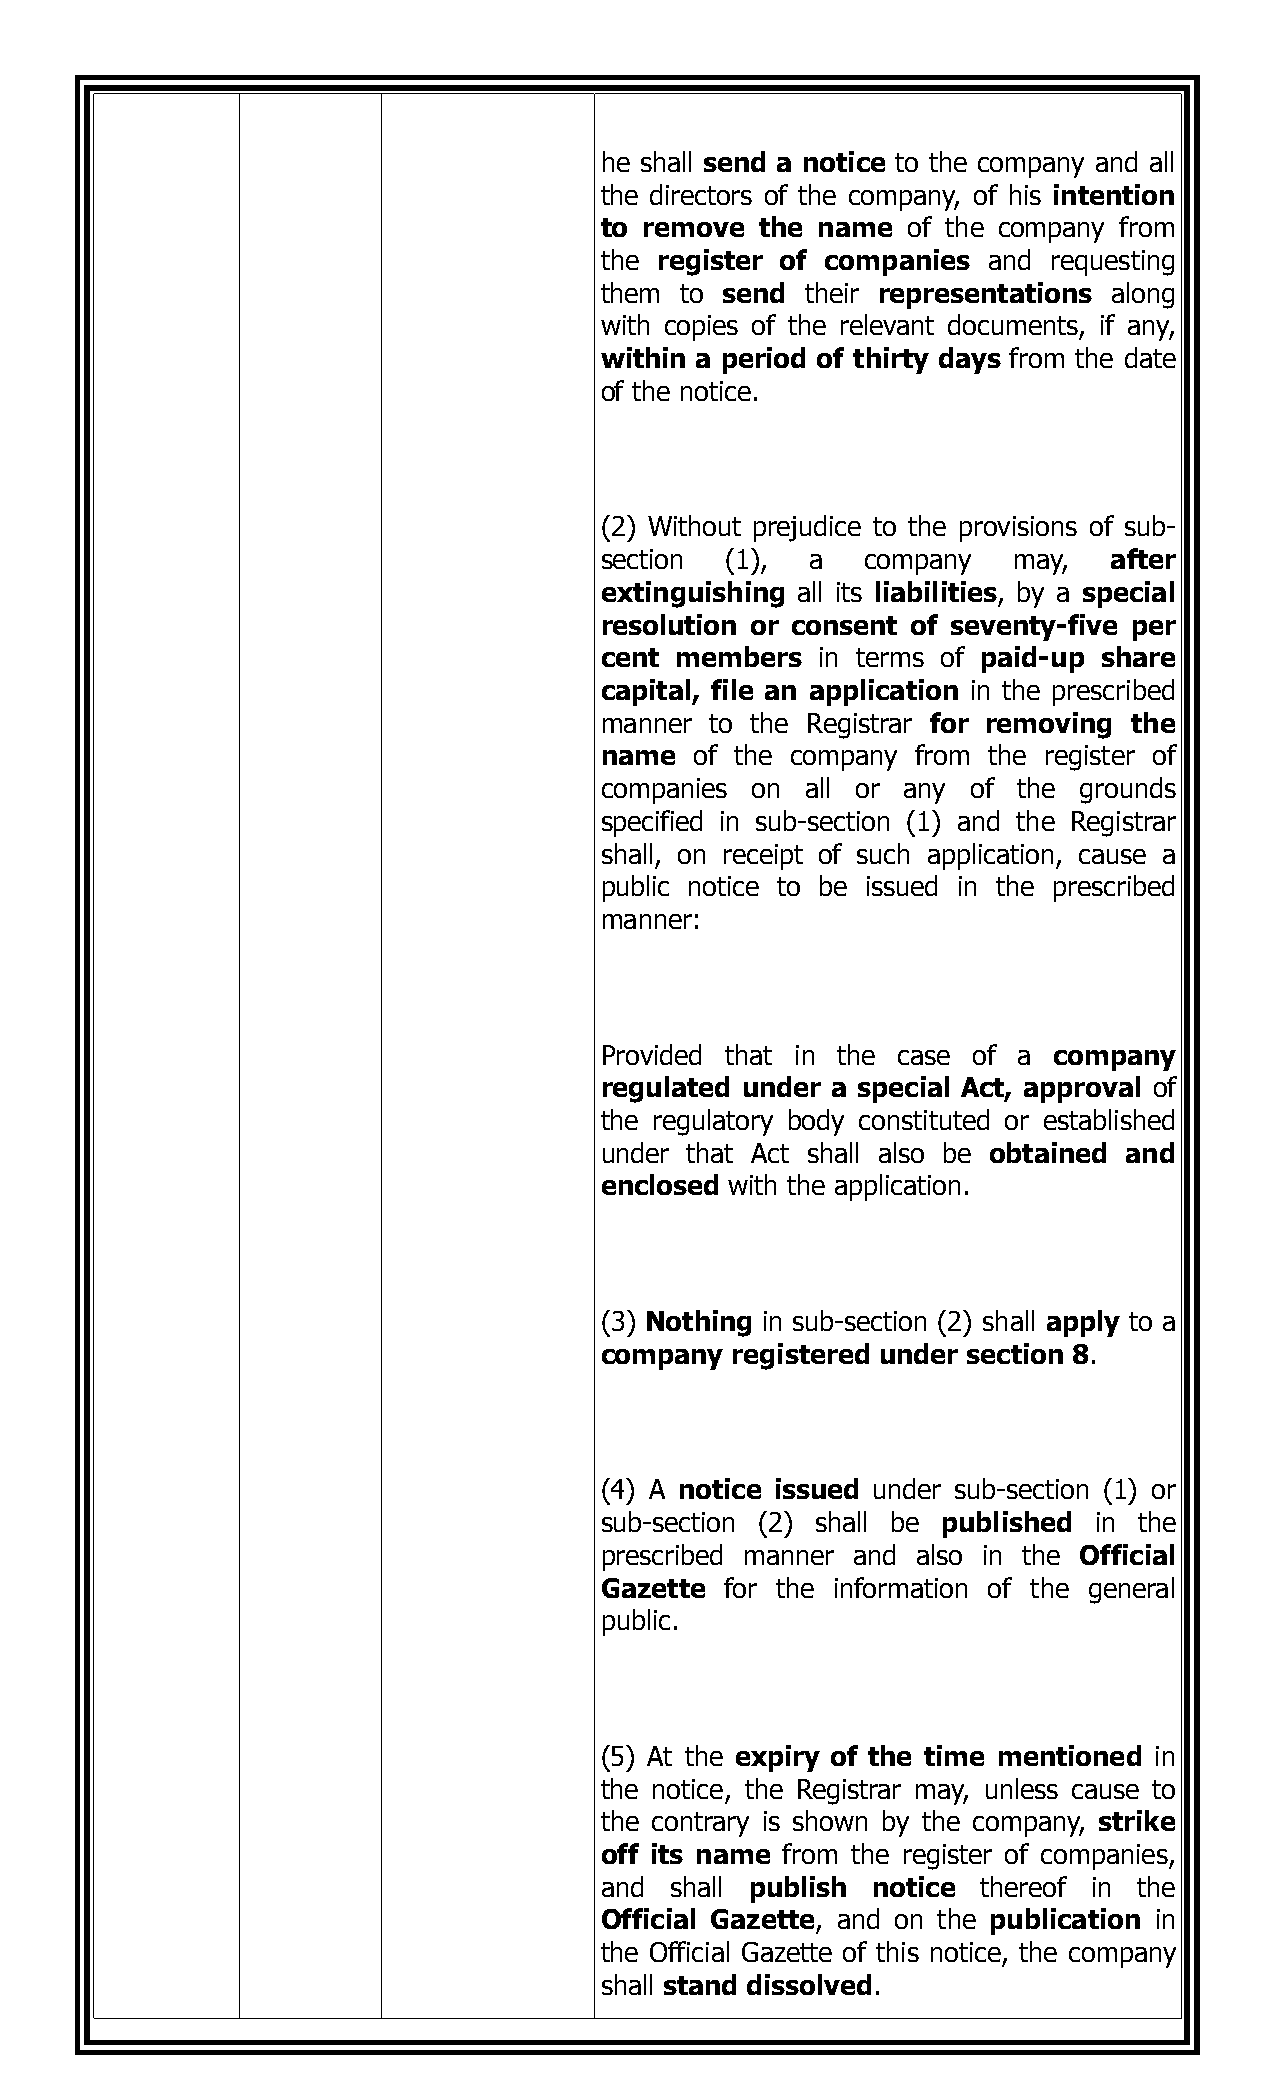
he shall send a notice to the company and all
 the directors of the company, of his intention
 to remove the name  of the company from
 the register of companies and requesting
 them to send their representations along
 with copies of the relevant documents, if any,
 within a period of thirty days from the date
 of the notice.
 (2) Without prejudice to the provisions of sub-
 section (1),  a  company   may,   after
 extinguishing all its liabilities, by a special
 resolution or consent of seventy-five per
 cent members  in terms of paid-up share
 capital, file an application in the prescribed
 manner to the Registrar for removing the
 name  of the company from the register of
 companies on all or any of the grounds
 specified in sub-section (1) and the Registrar
 shall, on receipt of such application, cause a
 public notice to be issued in the prescribed
 manner:
 Provided that in the case of a company
 regulated under a special Act, approval of
 the regulatory body constituted or established
 under that Act shall also be obtained and
 enclosed with the application.
 (3) Nothing in sub-section (2) shall apply to a
 company registered under section 8.
 (4) A notice issued under sub-section (1) or
 sub-section (2) shall be published in the
 prescribed manner and also in the Official
 Gazette for the information of the general
 public.
 (5) At the expiry of the time mentioned in
 the notice, the Registrar may, unless cause to
 the contrary is shown by the company, strike
 off its name from the register of companies,
 and shall publish notice thereof in the
 Official Gazette, and on the publication in
 the Official Gazette of this notice, the company
 shall stand dissolved.